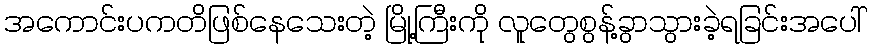
အကောင်းပကတိဖြစ်နေသေးတဲ့ မြို့ကြီးကို လူတွေစွန့်ခွာသွားခဲ့ရခြင်းအပေါ်